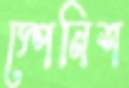
স্পেনিশ